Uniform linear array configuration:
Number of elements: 64
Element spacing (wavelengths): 0.75
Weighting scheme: hann
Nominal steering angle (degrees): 60
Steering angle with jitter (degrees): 61.2
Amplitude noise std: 0.05
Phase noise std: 0.05

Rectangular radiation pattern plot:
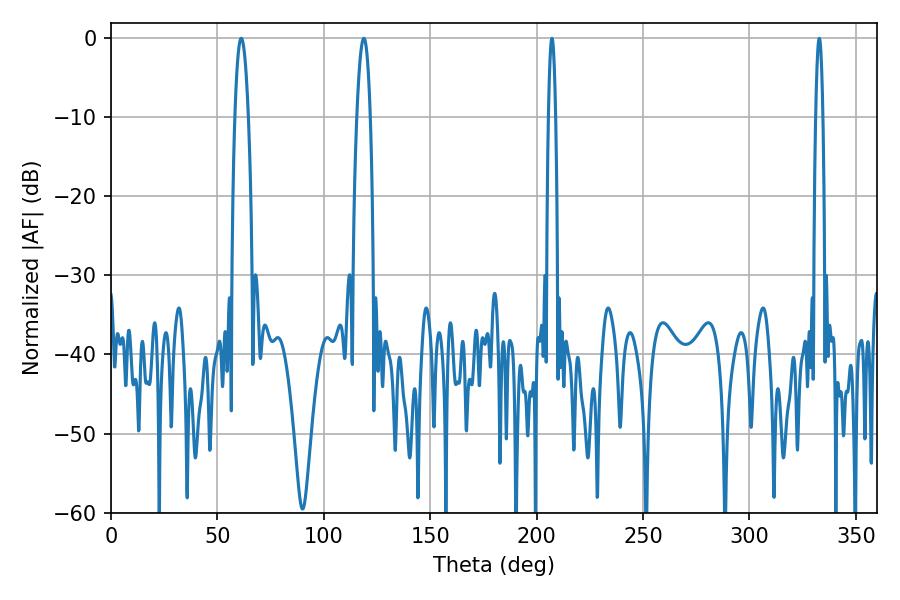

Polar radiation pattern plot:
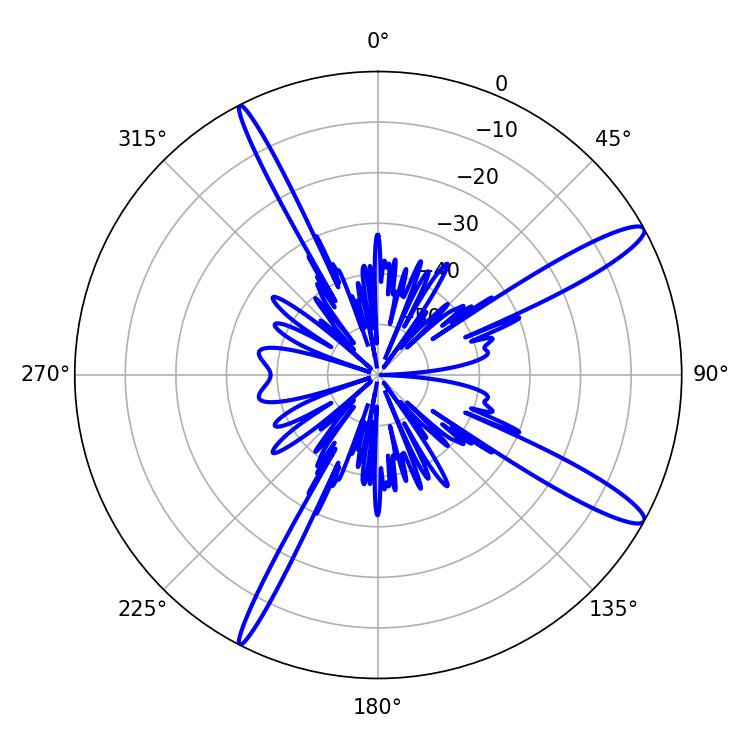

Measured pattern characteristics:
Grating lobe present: TRUE
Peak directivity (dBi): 13.799
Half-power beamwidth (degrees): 3.42
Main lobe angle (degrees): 61.2